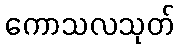
ကောသလသုတ်